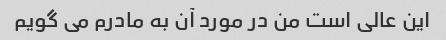
این عالی است من در مورد آن به مادرم می گویم